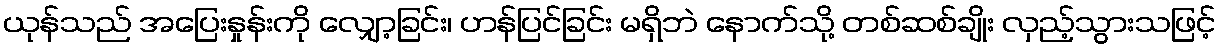
ယုန်သည် အပြေးနှုန်းကို လျှော့ခြင်း၊ ဟန်ပြင်ခြင်း မရှိဘဲ နောက်သို့ တစ်ဆစ်ချိုး လှည့်သွားသဖြင့်